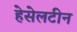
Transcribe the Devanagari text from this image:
हेसेलटीन